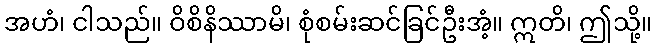
အဟံ၊ ငါသည်။ ဝိစိနိဿာမိ၊ စုံစမ်းဆင်ခြင်ဦးအံ့။ ဣတိ၊ ဤသို့။